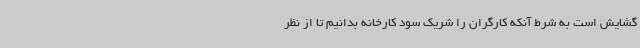
گشایش است به شرط آنکه کارگران را شریک سود کارخانه بدانیم تا از نظر